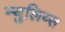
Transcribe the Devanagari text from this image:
न्युलिय्स